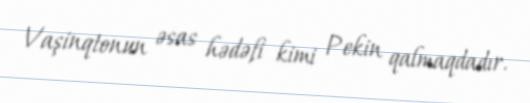
Vaşinqtonun əsas hədəfi kimi Pekin qalmaqdadır.